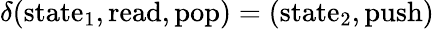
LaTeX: \delta(\mathrm{state}_{1},\mathrm{read},\mathrm{pop})=(\mathrm{state}_{2},\mathrm{push})